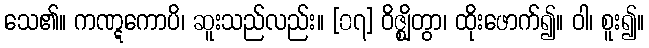
သေ၏။ ကဏ္ဋကောပိ၊ ဆူးသည်လည်း။ [၀၇] ဝိဇ္ဈိတွာ၊ ထိုးဖောက်၍။ ဝါ၊ စူး၍။